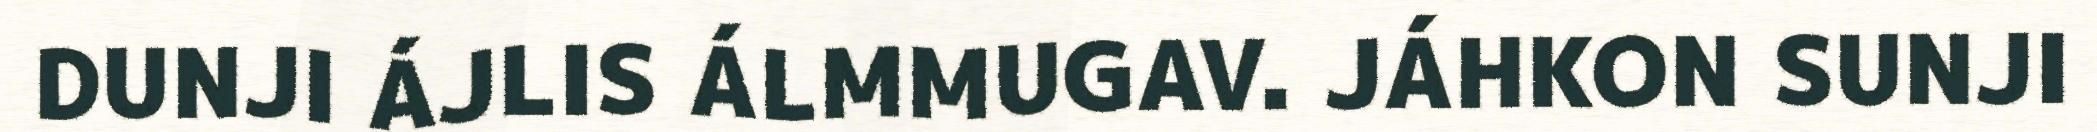
DUNJI ÁJLIS ÁLMMUGAV. JÁHKON SUNJI